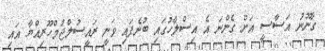
ގާނޫނު އަސާސީ އަށް ގެންނަ އެ އިސްލާހުގައި ބުނެފައި ވަނީ ރައީސުލްޖުމްހޫރިއްޔާ އައި